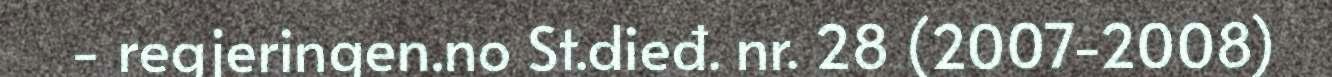
- regjeringen.no St.dieđ. nr. 28 (2007-2008)